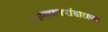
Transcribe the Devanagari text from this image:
ताम्हणकरांसारख्या